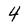
Character: 4